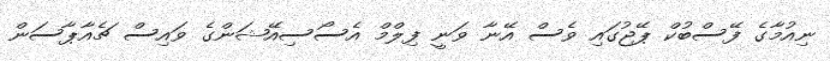
ނިއުމާގެ ފޭސްބުކް ޕޭޖުގައި ވެސް އޭނާ ވަނީ ފިލްމް އެސޯސިއޭޝަންގެ ވައިސް ޗެއާޕާސަން